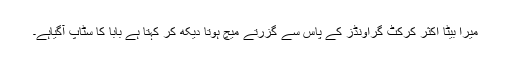
میرا بیٹا اکثر کرکٹ گراونڈز کے پاس سے گزرتے میچ ہوتا دیکھ کر کہتا ہے بابا کا سٹاپ آگیاہے۔